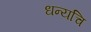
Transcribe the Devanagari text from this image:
धन्यचि